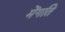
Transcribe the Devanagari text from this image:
मेंगति